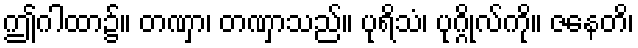
ဤဂါထာ၌။ တဏှာ၊ တဏှာသည်။ ပုရိသံ၊ ပုဂ္ဂိုလ်ကို။ ဇနေတိ၊